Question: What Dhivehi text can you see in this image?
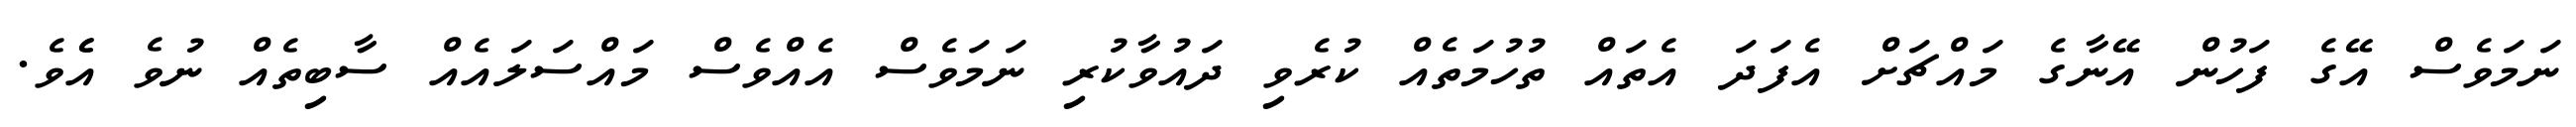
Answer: ނަމަވެސް އޭގެ ފަހުން އޭނާގެ މައްޗަށް އެފަދަ އެތައް ތުހުމަތެއް ކުރެވި ދައުވާކުރި ނަމަވެސް އެއްވެސް މައްސަލައެއް ސާބިތެއް ނުވެ އެެވެ.